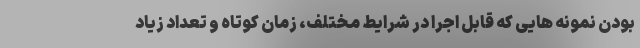
بودن نمونه هایی که قابل اجرا در شرایط مختلف، زمان کوتاه و تعداد زیاد